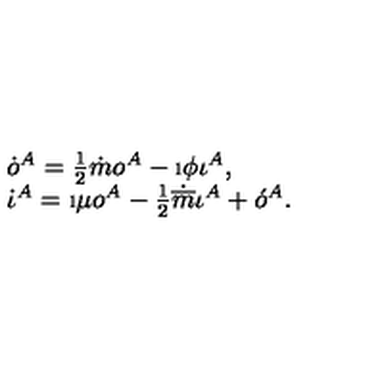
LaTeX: \begin{array} { l } { \dot { o } ^ { A } = \frac { 1 } { 2 } \dot { m } o ^ { A } - \i \phi \iota ^ { A } , } \\ { \dot { \iota } ^ { A } = \i \mu o ^ { A } - \frac { 1 } { 2 } \dot { \overline { { m } } } \iota ^ { A } + \acute { o } ^ { A } . } \\ \end{array}